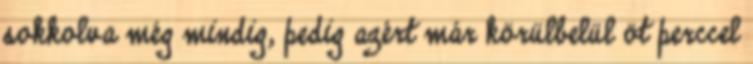
sokkolva még mindig, pedig azért már körülbelül öt perccel